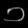
Digit: ၁